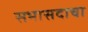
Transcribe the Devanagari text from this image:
सभासदाचा